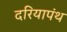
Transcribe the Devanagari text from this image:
दरियापंथ